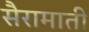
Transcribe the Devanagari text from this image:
सैरामाती